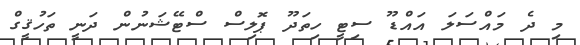
މި ދެ މައްސަލަ އައްޑޫ ސިޓީ ހިތަދޫ ޕޮލިސް ސްޓޭޝަނުން ދަނީ ތަހުޤީގް